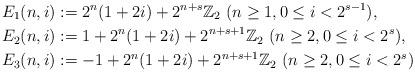
LaTeX: \begin{align*}E_1(n, i)&:= 2^{n}(1+2i)+2^{n+s}\mathbb{Z}_{2}\ (n\geq 1, 0\leq i < 2^{s-1}),\\E_2(n,i)&:= 1+2^{n}(1+2i)+2^{n+s+1}\mathbb{Z}_{2} \ (n\geq 2, 0\leq i < 2^{s}),\\E_3(n,i)&:=-1+2^{n}(1+2i)+2^{n+s+1}\mathbb{Z}_{2} \ (n\geq 2, 0\leq i < 2^{s})\end{align*}